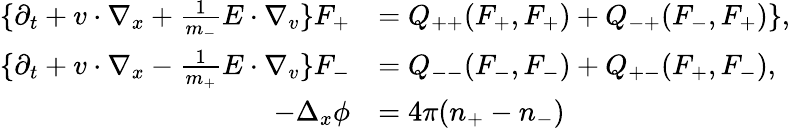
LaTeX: \begin{array}{rl}{\{ \partial_{t}+v\cdot\nabla_{x}+\frac{1}{m_{-}}E\cdot\nabla_{v}\} F_{+}}&{=Q_{++}(F_{+},F_{+})+Q_{-+}(F_{-},F_{+})\} ,}\\ {\{ \partial_{t}+v\cdot\nabla_{x}-\frac{1}{m_{+}}E\cdot\nabla_{v}\} F_{-}}&{=Q_{--}(F_{-},F_{-})+Q_{+-}(F_{+},F_{-}),}\\ {-\Delta_{x}\phi}&{=4\pi(n_{+}-n_{-})}\end{array}